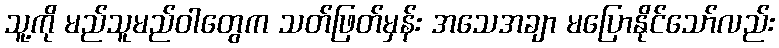
သူ့ကို မည်သူမည်ဝါတွေက သတ်ဖြတ်မှန်း အသေအချာ မပြောနိုင်သော်လည်း